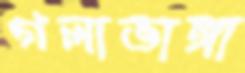
গলাভাঙ্গা